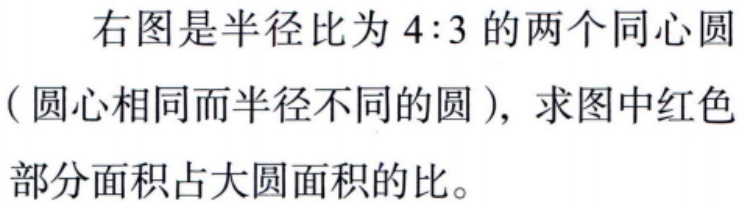
右图是半径比为 \(4:3\) 的两个同心圆（圆心相同而半径不同的圆），求图中红色部分面积占大圆面积的比。